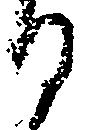
る